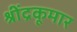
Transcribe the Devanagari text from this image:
श्रींद्रकूमार